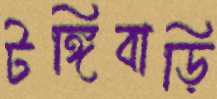
টঙ্গিবাড়ি